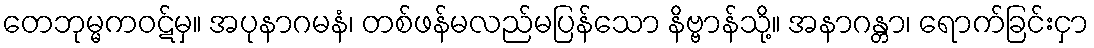
တေဘုမ္မကဝဋ်မှ။ အပုနာဂမနံ၊ တစ်ဖန်မလည်မပြန်သော နိဗ္ဗာန်သို့။ အနာဂန္တာ၊ ရောက်ခြင်းငှာ